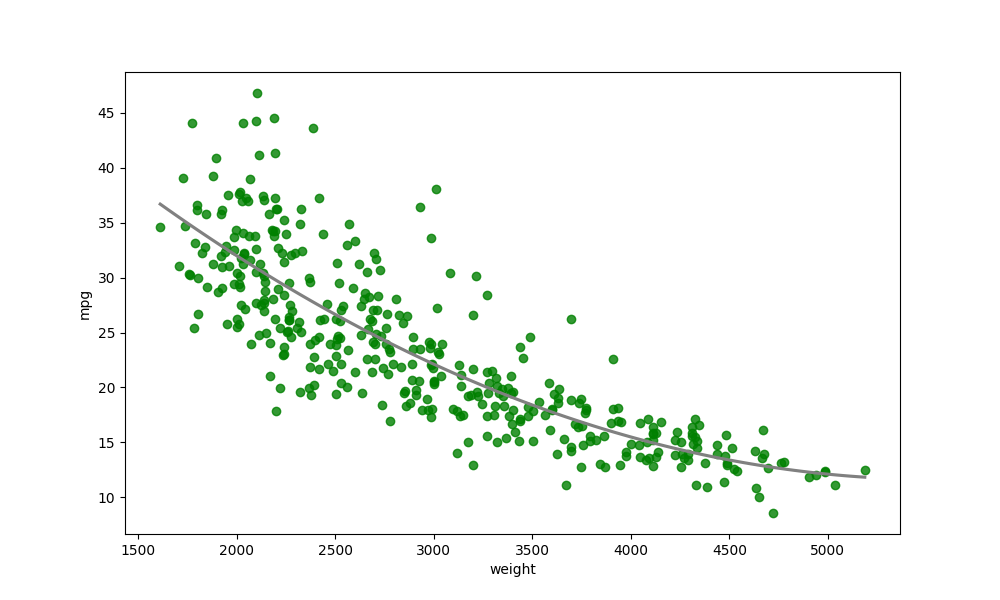
python, seaborn, regplot, order=2, ci=None, scatter_color=green, line_color=gray